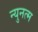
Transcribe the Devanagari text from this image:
न्युनत्म